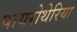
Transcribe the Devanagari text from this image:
पायरोथेरिया